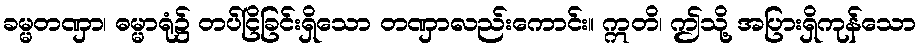
ခမ္မတဏှာ၊ ဓမ္မာရုံ၌ တပ်ငြိခြင်းရှိသော တဏှာလည်းကောင်း။ ဣတိ၊ ဤသို့ အပြားရှိကုန်သော